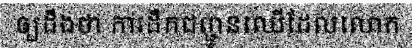
ឲ្យដឹងថា ការដឹកជញ្ជូនឈើដែលលោក